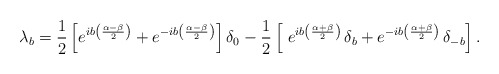
\begin{align*}\lambda_b=\frac{1}{2}\left[e^{ib\left(\frac{\alpha-\beta}{2}\right)}+e^{-ib\left(\frac{\alpha-\beta}{2}\right) } \right]\delta_0- \frac{1}{2}\left[\ e^{ib\left(\frac{\alpha+\beta}{2}\right)}\,\delta_{ b}+e^{-ib\left(\frac{\alpha+\beta}{2}\right)}\,\delta_{- b}\right].\end{align*}